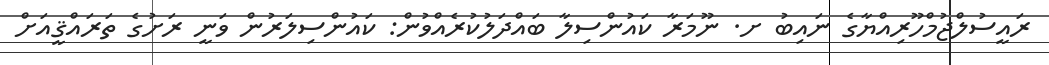
ރައީސުލްޖުމްހޫރިއްޔާގެ ނައިބު ށ. ނޫމަރާ ކައުންސިލާ ބައްދަލުކުރެއްވުން: ކައުންސިލަރުން ވަނީ ރަށުގެ ތަރައްޤީއަށް